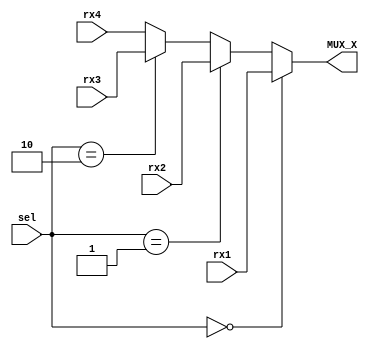
//////
/// MUX4 TO 1
///////


module MUX_Xx (
			output reg[31:0] MUX_X , 
			input[1:0]	 sel ,
      		input [31:0] rx1 ,rx2, rx3, rx4  



); 


		always @(*)
		begin 
		#10
		 if(sel== 2'b00)
			 MUX_X=rx1;
	      else if(sel== 2'b01)
			 MUX_X=rx2;
			 
			else if(sel== 2'b10)
			 MUX_X=rx3;
		
			else   MUX_X=rx4;
		
		end 

endmodule